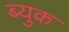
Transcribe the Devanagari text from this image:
ब्युक